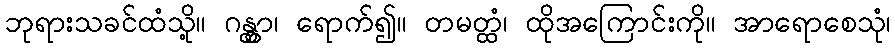
ဘုရားသခင်ထံသို့။ ဂန္တွာ၊ ရောက်၍။ တမတ္ထံ၊ ထိုအကြောင်းကို။ အာရောစေသုံ၊